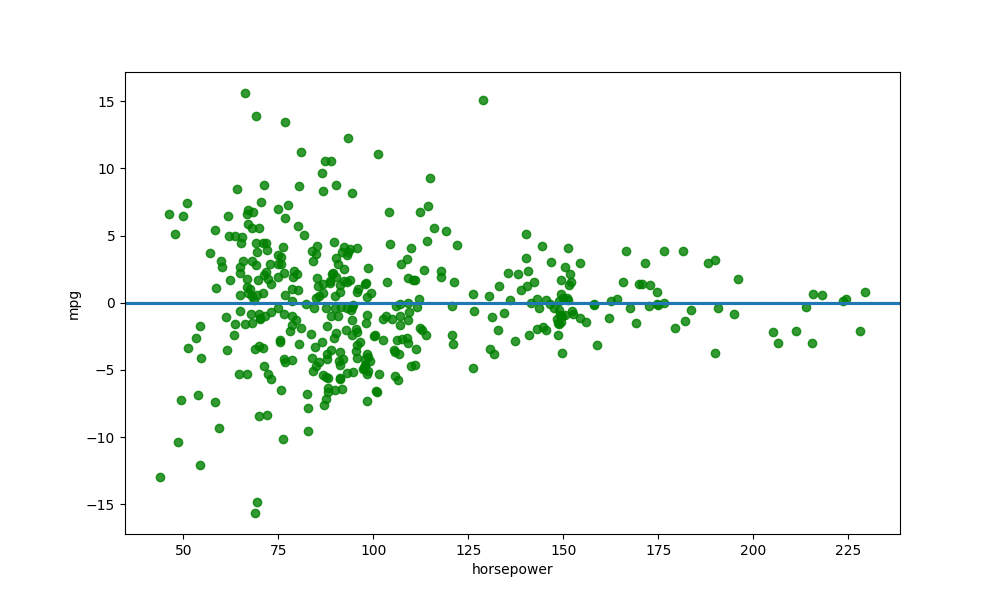
python, seaborn, residplot, lowess=True, scatter_color=green